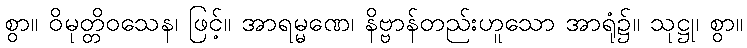
စွာ။ ဝိမုတ္တိဝသေန၊ ဖြင့်။ အာရမ္မဏေ၊ နိဗ္ဗာန်တည်းဟူသော အာရုံ၌။ သုဋ္ဌု၊ စွာ။